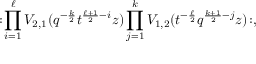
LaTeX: : \! \prod _ { i = 1 } ^ { \ell } V _ { 2 , 1 } ( q ^ { - \frac { k } { 2 } } t ^ { \frac { \ell + 1 } { 2 } - i } z ) \prod _ { j = 1 } ^ { k } V _ { 1 , 2 } ( t ^ { - \frac { \ell } { 2 } } q ^ { \frac { k + 1 } { 2 } - j } z ) \! : ,